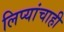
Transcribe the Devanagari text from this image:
लिप्यांचाही